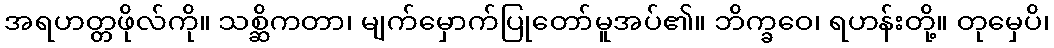
အရဟတ္တဖိုလ်ကို။ သစ္ဆိကတာ၊ မျက်မှောက်ပြုတော်မူအပ်၏။ ဘိက္ခဝေ၊ ရဟန်းတို့။ တုမှေပိ၊